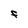
Character: f